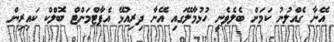
އޭނާ ގެއްލުނު ކަމަށް ބެލެވެނީ ހުޅުމާލޭގައި އޭނާ ދިރިއުޅޭ އެޕާޓްމަންޓް ބޮލްކް ކައިރިން